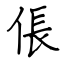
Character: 倀